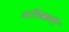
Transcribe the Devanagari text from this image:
अतिक्रमी